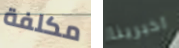
مكلفة اخبرينا